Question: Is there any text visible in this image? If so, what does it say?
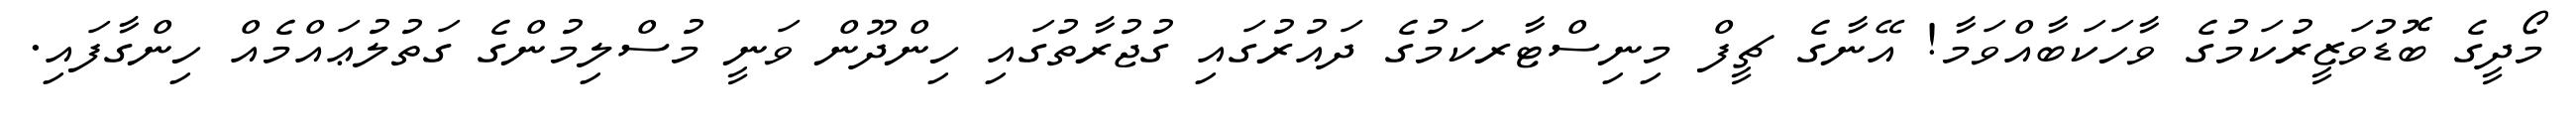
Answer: މޯދީގެ ބޮޮޑުވަޒީރުކަމުގެ ވާހަކަބާއްވަމާ! އޭނާގެ ޗީފް މިނިސްޓާރކަމުގެ ދައުރުގައި ގުޖުރާތުގައި ހިންދޫން ވަނީ މުސްލިމުންގެ ގަތުލުޢައްމެއް ހިންގާފައި.